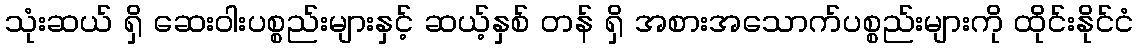
သုံးဆယ် ရှိ ဆေးဝါးပစ္စည်းများနှင့် ဆယ့်နှစ် တန် ရှိ အစားအသောက်ပစ္စည်းများကို ထိုင်းနိုင်ငံ